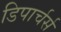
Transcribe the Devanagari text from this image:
डिपार्चर्स